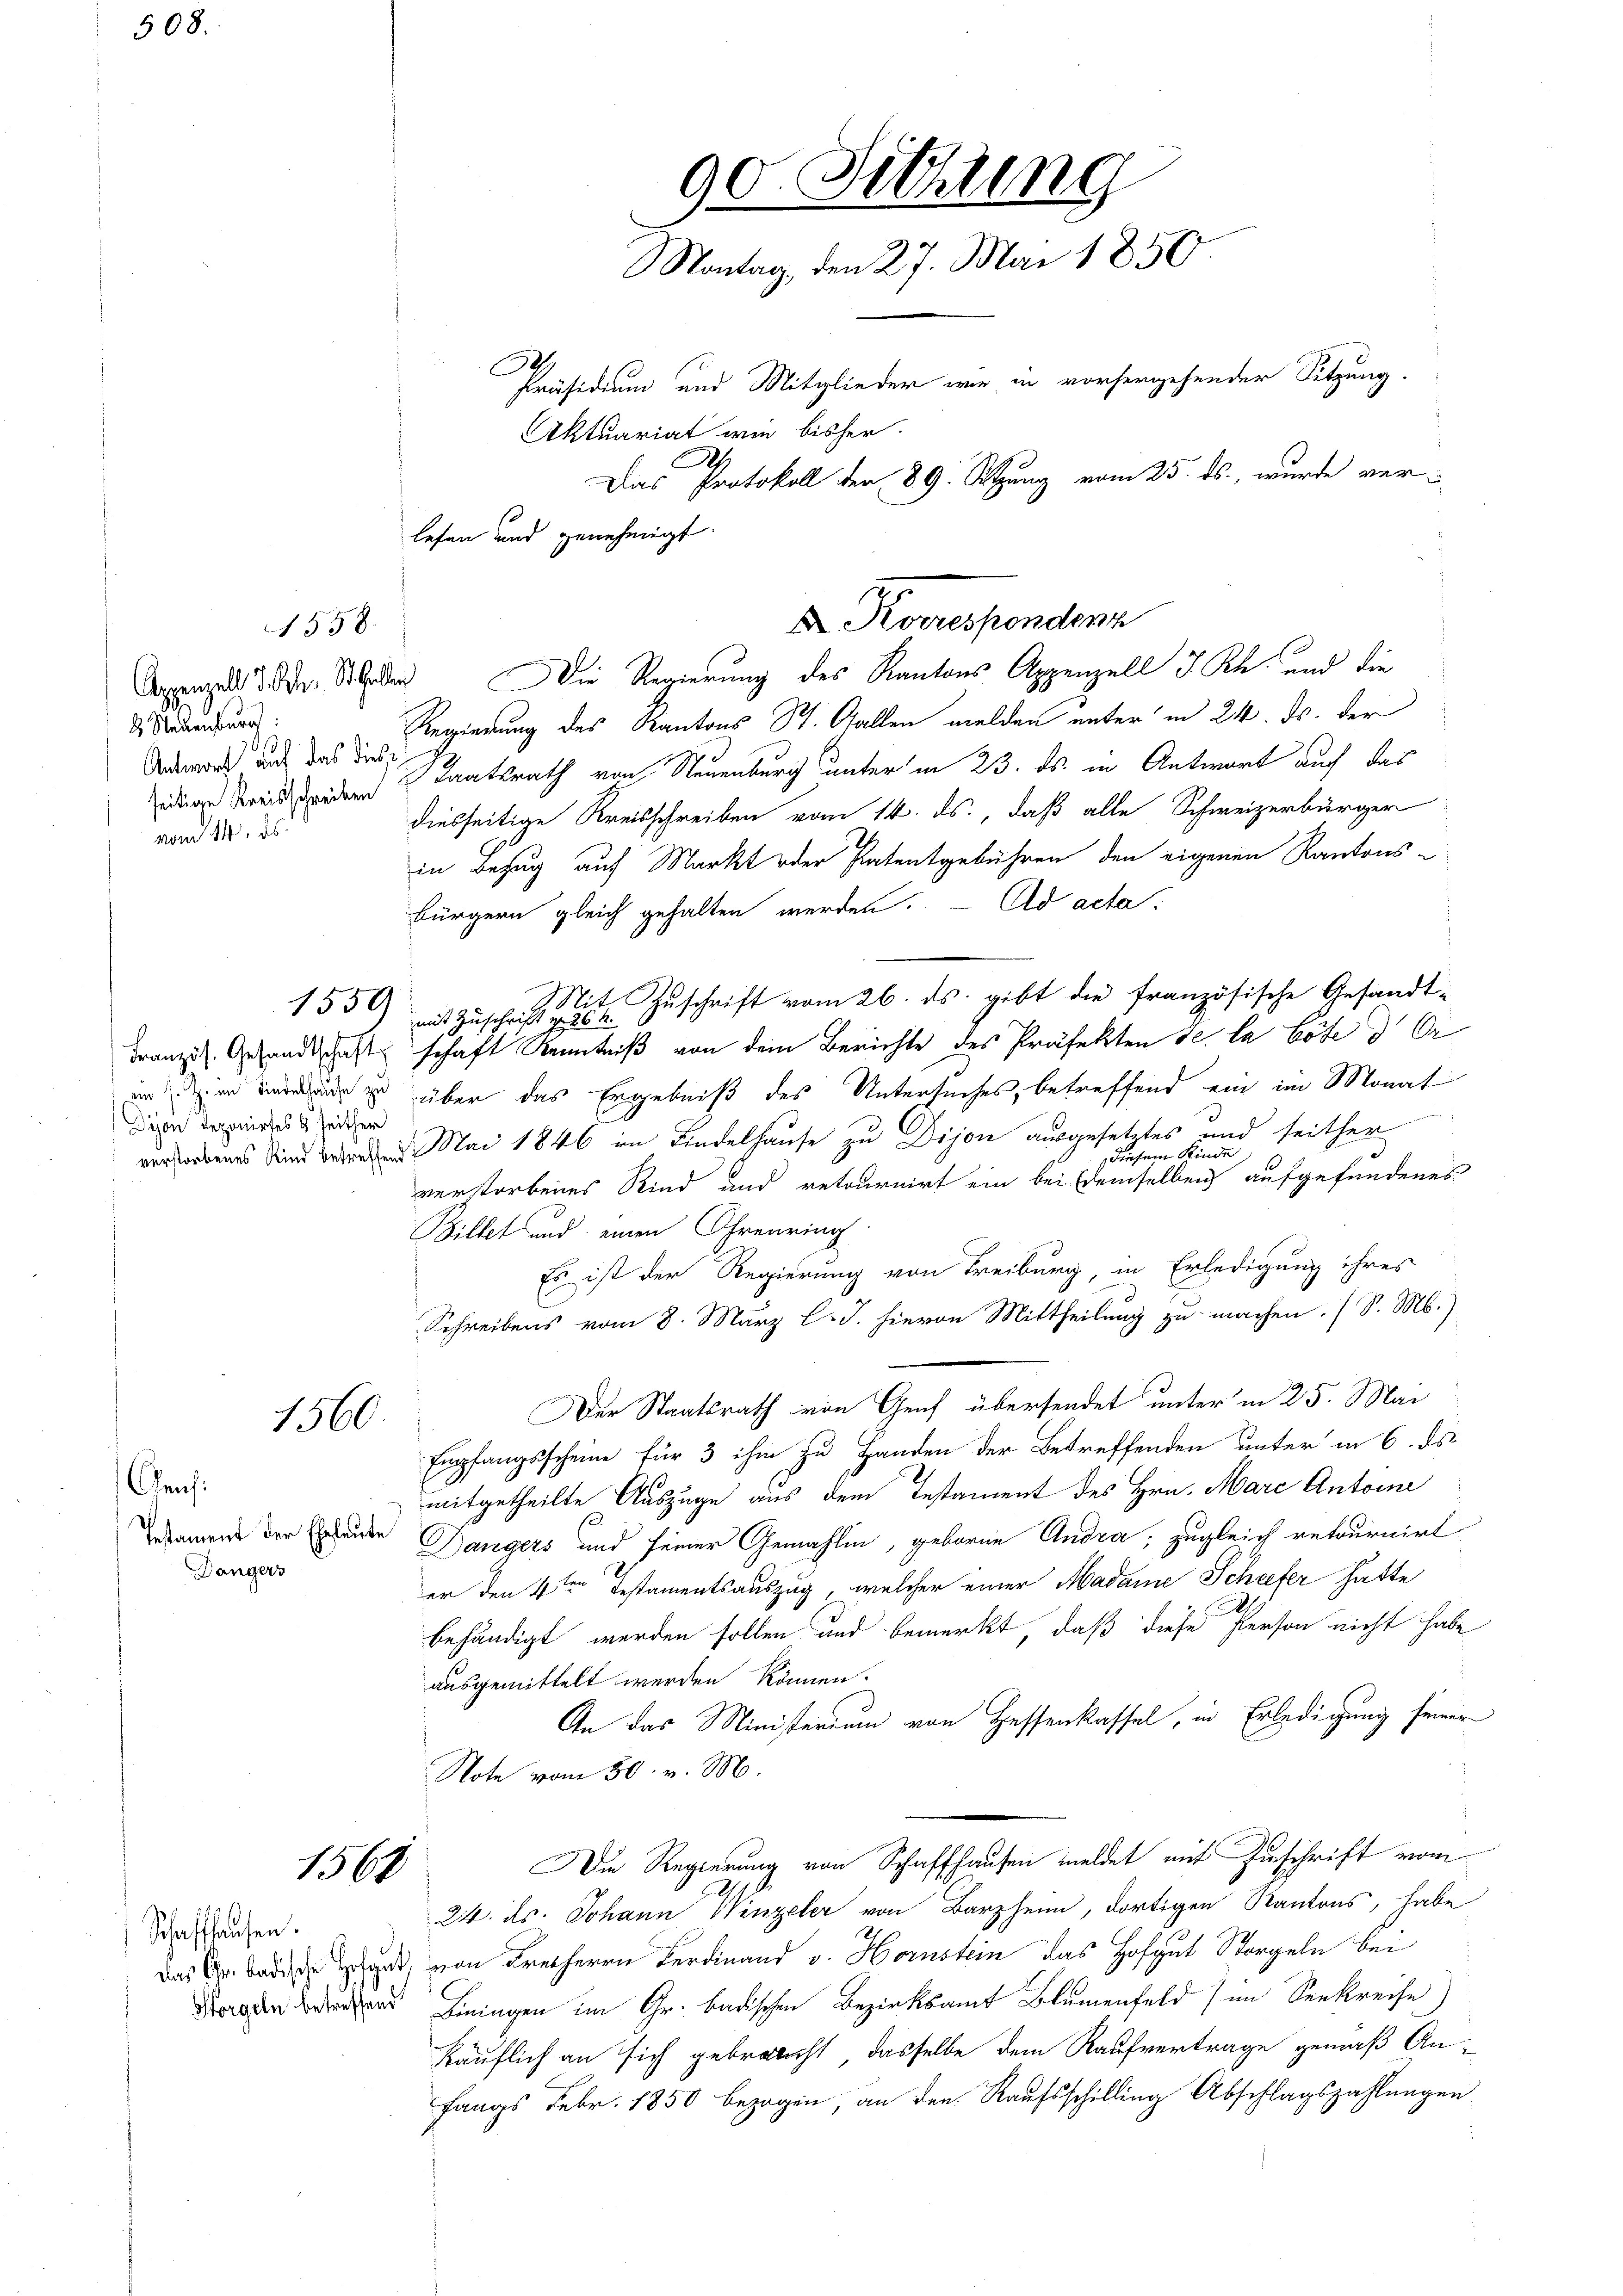
508.

Appenzell d. M. St. Gallen
2 Neuenburg
Antwort auf das diese
vom 14. ds.

Cens:

1558.

Dion deponirtes & seither

1560.

Dängers

1568

Schaffhausen.

A
lesen und genehmigt.

90. Sitzung
Montag, den 27. Mai 1850
Präsidium und Mitglieder wie in vorhergehender Sitzung.
Aktuariat wie bisher.
Das Protokoll der 89. Sitzung vom 25. ds., wurde ver¬

Die Regierung des Kantons Appenzell I. Rh. und die
Regierung des Kantons St. Gallen melden unter in 24. ds. der
edige Kreis der Staatsrath von Neuenburg unter in 23. ds. in Antwort auch das
diesseitige Kreisschreiben vom 14. ds., daß alle Schweizerbürger
in Bezug auf Markt oder Patentgebühren den eigenen Kantons-
bürgern gleich gehalten werden. - Ad acta.
155) mit Zuschrift eine Zuschrift vom 26. ds. gibt die französische Gesandt¬
Französ. Gesandtschaft schaft Kenntniß von dem Berichte des Präfekten de la böte der
in zu über das Ergebniß des Untersuches, betreffend ein im Monat

verstorbenes Sind wenn Mai 1846 in Kindelhause zu Dijon ausgesetztes und seither
diesem Kinde
verstorbenes Kind und retournirt ein bei demselben aufgefundenes
Billet und einen Ohrenring
Es ist der Regierung von Freiburg, in Erledigung ihres
Schreibens vom 8. März l. J. hievon Mittheilung zu machen. (S. M.)
Der Staatsrath von Genf übersendet unter in 25. Mai
Empfangsscheine für 3 ihm zu Handen der Betreffenden unter in 6. ds
mitgetheilte Auszüge aus dem Testament des Hrn. Mare Antone
Damens der Ernenden Dangers und seiner Gemahlin, geboren Andra, zugleich retournirt
er den 4ten Testamentsauszug, welcher einer Madame Schiefer hätte
behändigt werden sollen und bemerkt, daß diese Person nicht habe
ausgemittelt werden können.
An das Ministerium von Hessenkassel, in Erledigung seiner
Note vom 30. v. M.
Die Regierung von Schaffhausen meldet mit Zuschrift vom
24. ds. Johann Winzeler von Barzen, dortigen Kantons, habe
Das Baden, von Freiherrn Ferdinand v. Hornstein, das Hofgut Sorgeln bei
agen beten Liningen im Gr. badischen Bezirksamt Blumenfeld) im Seekreise)
käuflich an sich gebracht, dasselbe dem Kaufvertrage gemäß Anfangs Febr. 1850 bezogen, an den Raufsschilling Abschlagszahlungen

Korrespondenz